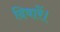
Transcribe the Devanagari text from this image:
दिवारें।